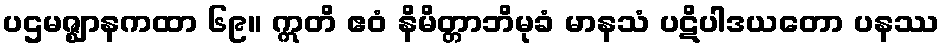
ပဌမဇ္ဈာနကထာ ၆၉။ ဣတိ ဧဝံ နိမိတ္တာဘိမုခံ မာနသံ ပဋိပါဒယတော ပနဿ